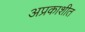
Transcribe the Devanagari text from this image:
अप्रकाशीत